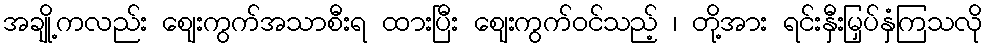
အချို့ကလည်း ဈေးကွက်အသာစီးရ ထားပြီး ဈေးကွက်ဝင်သည့် ၊ တို့အား ရင်းနှီးမြှပ်နှံကြသလို